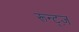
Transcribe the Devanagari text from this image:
रून्ट्ज़